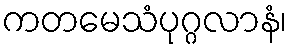
ကတမေသံပုဂ္ဂလာနံ၊